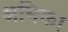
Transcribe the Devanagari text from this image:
श्रमिका